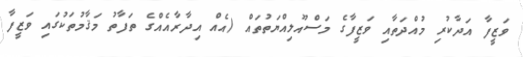
ވަޒީފާ އަދާކުރި މުއްދަތާއި ވަޒީފާގެ މަސްއޫލިއްޔަތުތައް (އެއް އިދާރާއެއްގެ ތަފާތު މަޤާމުތަކުގައި ވަޒީފާ